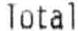
TOTAL